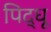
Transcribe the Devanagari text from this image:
पिद्धू